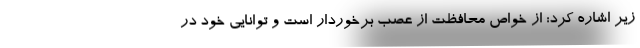
زیر اشاره کرد: از خواص محافظت از عصب برخوردار است و توانایی خود در